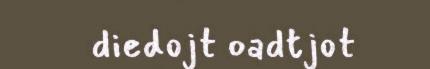
diedojt oadtjot